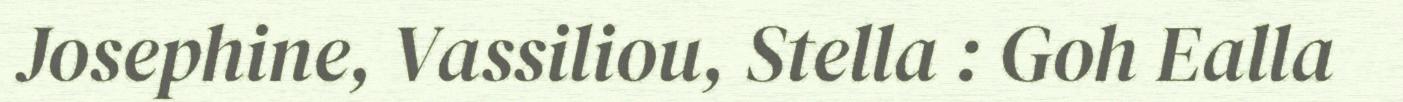
Josephine, Vassiliou, Stella : Goh Ealla